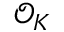
{ \mathcal { O } } _ { K }